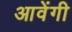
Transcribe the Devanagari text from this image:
आवेंगी